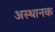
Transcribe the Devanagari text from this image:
अस्थानक